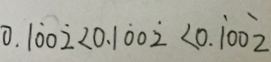
0 . 1 \dot { 0 } 0 \dot { 2 } < 0 . 1 \dot { 0 } 0 \dot { 2 } < 0 . \dot { 1 } 0 0 \dot { 2 }